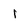
Character: 1